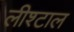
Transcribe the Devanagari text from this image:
लीश्टाल